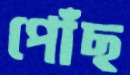
পোঁছ